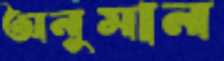
অনুমান